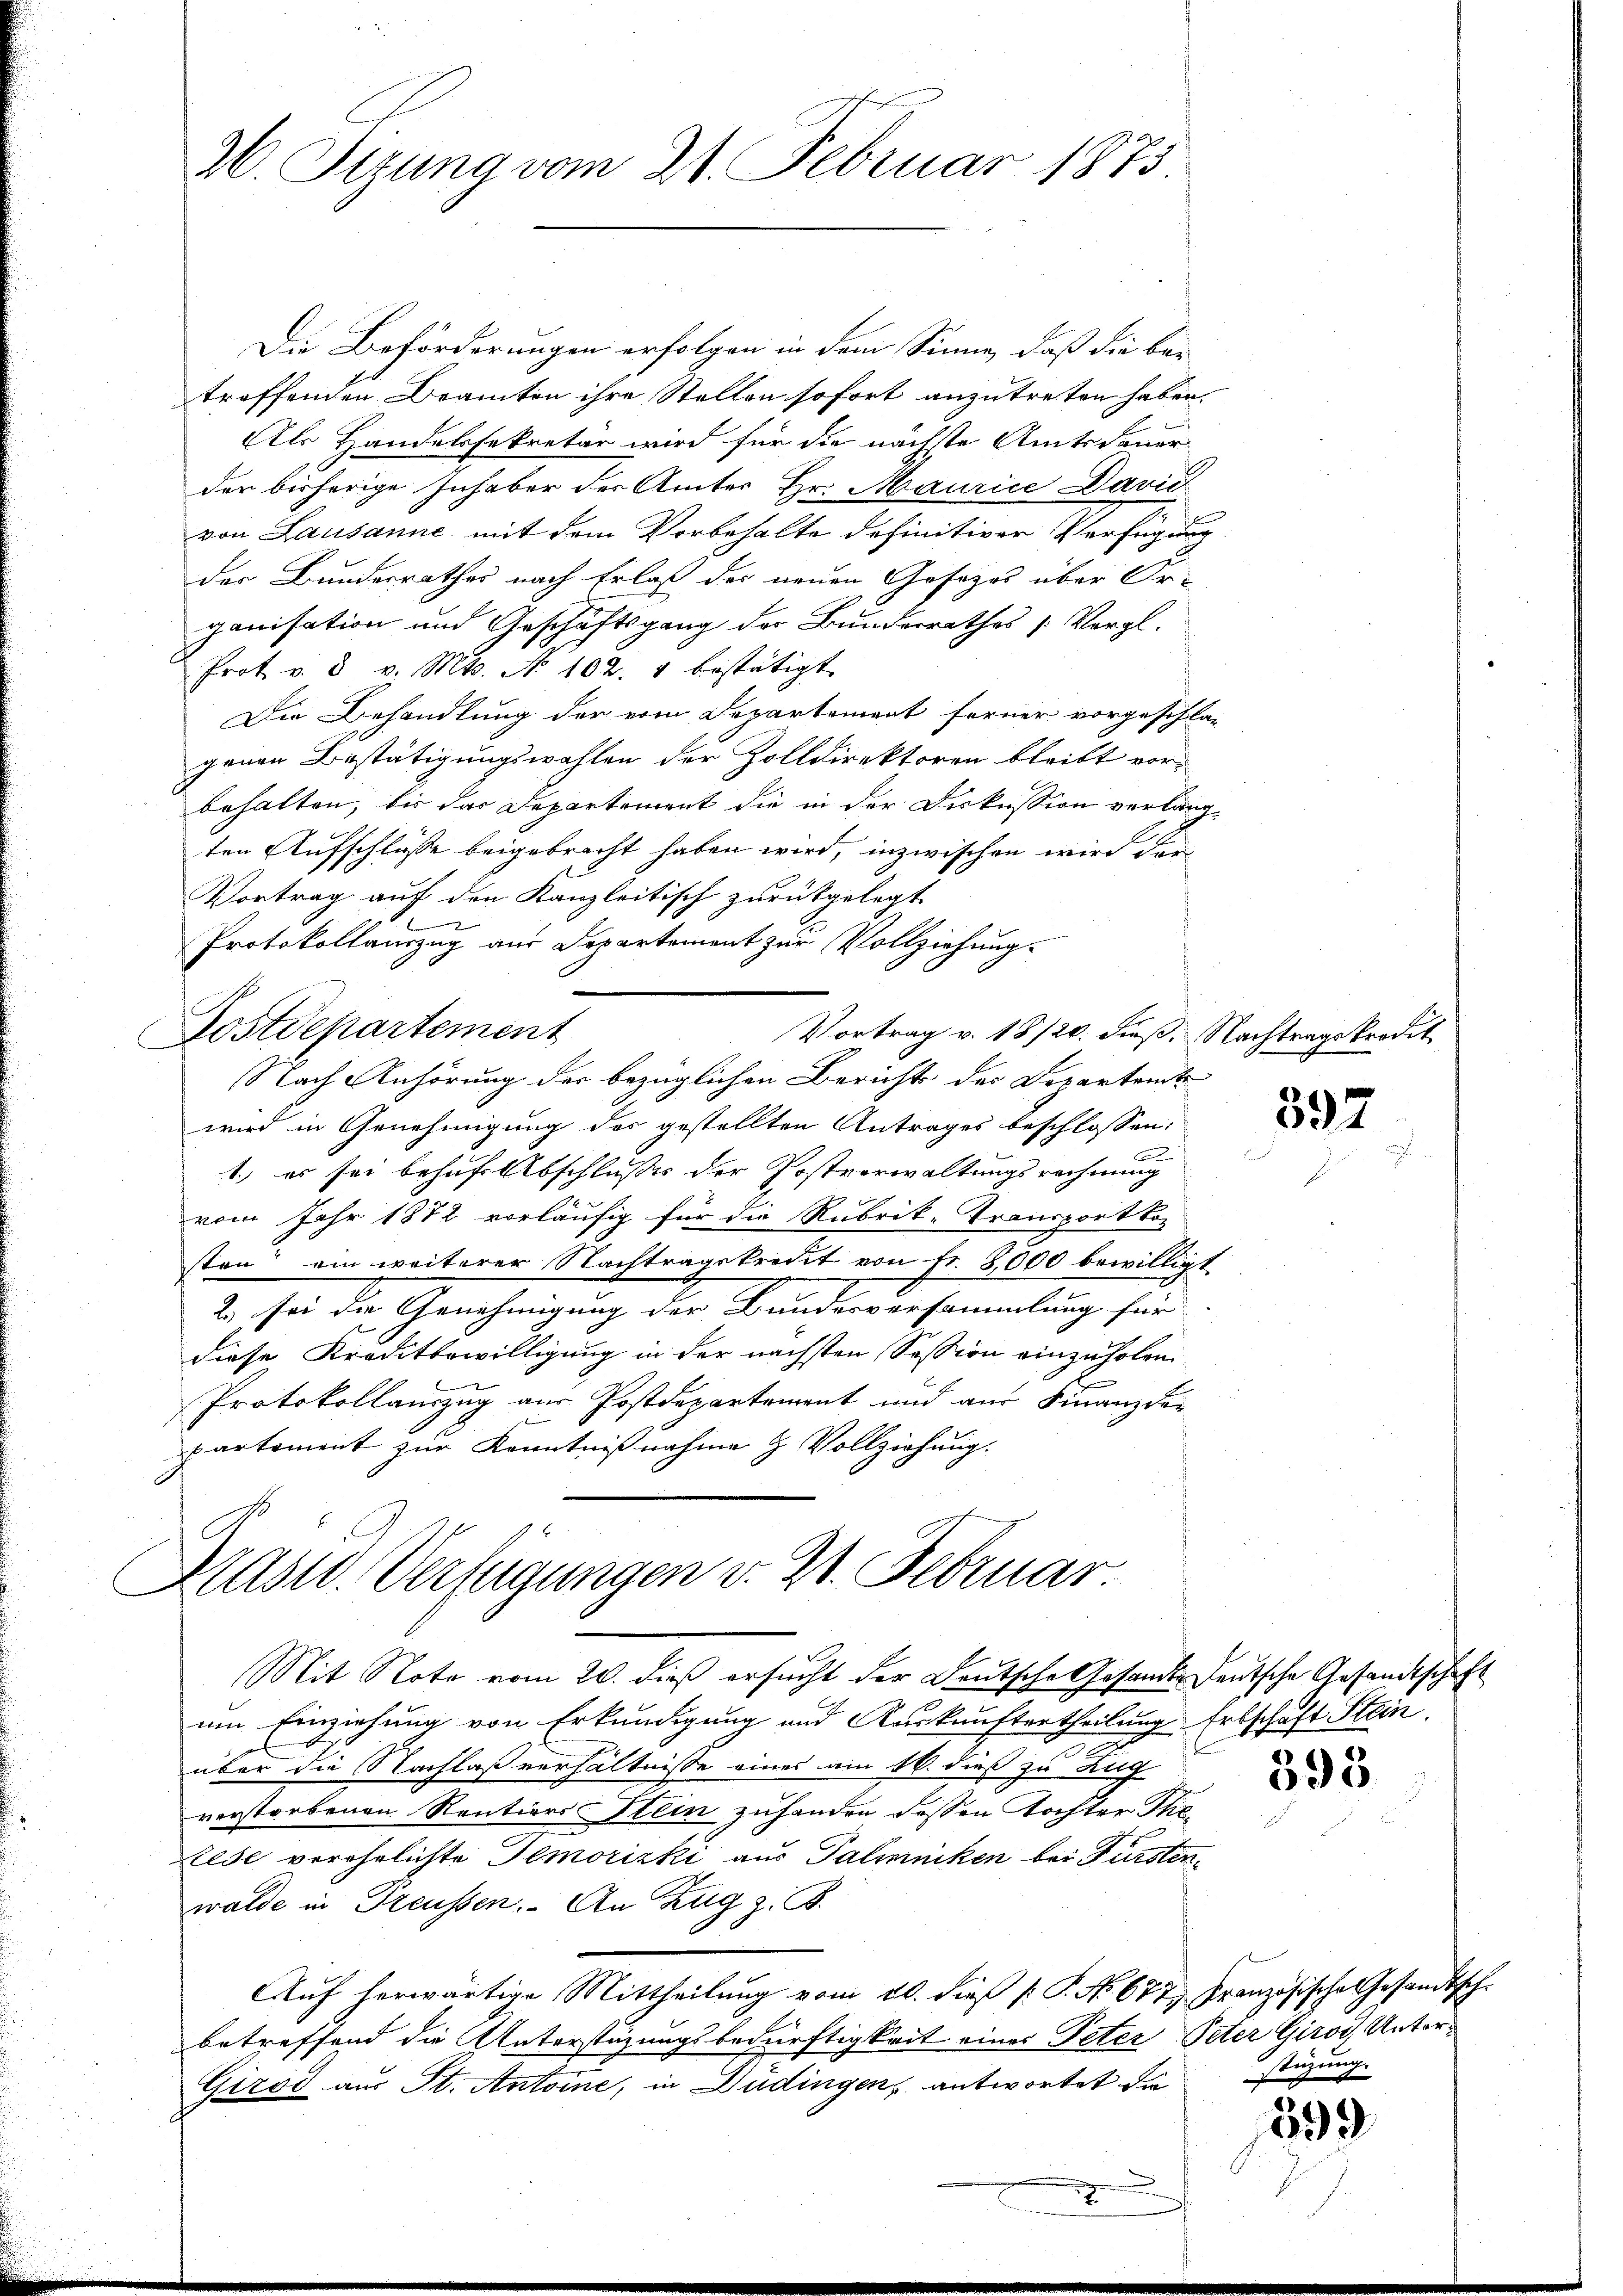
26. Stzung vom 21. Februar 1873.

Die Beförderungen erfolgen in dem Sinne, daß die ber
treffenden Beamten ihre Stellen sofort anzutreten haben.
Als Handelssekretär wird für die nächste Amtsdauer
der bisherige Inhaber der Ämter Hr. Maurice Davi
von Lausanne mit dem Vorbehalte definitiver Verfügung
der Bundesrathes nach Erlaß des neuen Gosezes über Or-
ganisation und Geschäftsgang der Bunderrathes [Vergl.
Prot v. 8 v. Mts. No 102. 1 bestätigt.
Die Behandlung der vom Departement ferner vorgeschlagenen Bestätigungswahlen der Zolldirektoren bleibt vorbehalten, bis das Departement die in der Diskussion verlangten Aufschlüsse beigebracht haben wird, inzwischen wird dar¬
Vortrag auf den Kanzleitisch zurückgelegt.
Protokollauszug aus Departement zur Vollziehung.
Postdepartement
Vortrag v. 18/20. dieß. Nachtragskredit
Nach Anhörung der bezüglichen Bericht der Departamte
wird in Genehmigung des gestellten Antrages beschlossen:
1.) es sei behufs Abschlusse der Postverwaltungsrechnung
vom Jahr 1872 vorläufig für die Rubrik-Transport ko
sten ein weiterer Nachtragskredit von Fr. 2,000 bewilligt
2.) sei der Genehmigung der Bundesversammlung für
diese Kreditbewilligung in der nächsten Session einzuholen
Protokollauszug aus Postdepartement und aus Finanzdor
partement zur Kenntnißnahme & Vollziehung.

Kasid. Verfügungen v. 2. Februar

Mit Note vom 20. dieß ersucht der Deutsche Gesandte deutsche Gesandtschaft
um Einziehung von Erkundigung und Auskunftertheilung Erbschaft Stein.
e
über die Nachlaßverhältnisse eines am 16. dieß zu Zug
verstorbenen Rentions Stein zuhanden dessen Tochter Thorese verehelichte Temorizki aus Paliniken bei Fürstenwalde in Preussen. An Zug z. B.
Auf herwärtige Mittheilung vom 20. dieß [ P. No. 677, Französische Gesandtsch-
betreffend die Unterstüzungsbedürftigkeit eines Peter Peter Girod, Unter¬
Girod aus St. Antoine, in Dudingen, antwortet die

597

395.

stüzung.

599